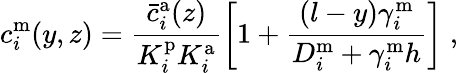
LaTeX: c_{i}^{\mathrm{m}}(y,z)=\frac{\bar{c}_{i}^{\mathrm{a}}(z)}{K_{i}^{\mathrm{p}}K_{i}^{\mathrm{a}}}\left[1+\frac{(l-y)\gamma_{i}^{\mathrm{m}}}{D_{i}^{\mathrm{m}}+\gamma_{i}^{\mathrm{m}}h}\right]\; ,